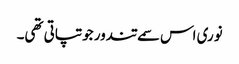
نوری اس سمے تندور جو تپاتی تھی۔